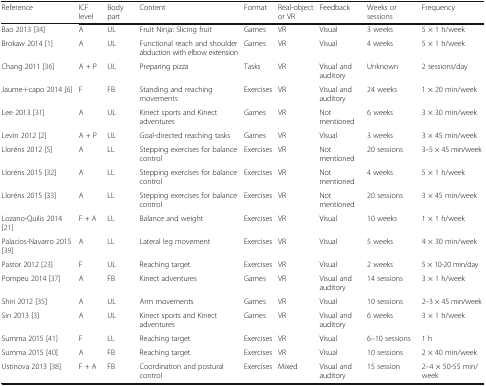
| Reference | ICF level | Body part | Content | Format | Real-object or VR | Feedback | Weeks or sessions | Frequency |
 | --- | --- | --- | --- | --- | --- | --- | --- | --- |
 | Bao 2013 [34] | A | UL | Fruit Ninja: Slicing fruit | Games | VR | Visual | 3 weeks | 5 × 1 h/week |
 | Brokaw 2014 [1] | A | UL | Functional reach and shoulder abduction with elbow extension | Games | VR | Visual | 4 weeks | 5 × 1 h/week |
 | Chang 2011 [36] | A + P | UL | Preparing pizza | Tasks | VR | Visual and auditory | Unknown | 2 sessions/day |
 | Jaume-i-capo 2014 [6] | F | FB | Standing and reaching movements | Exercises | VR | Visual and auditory | 24 weeks | 1 × 20 min/week |
 | Lee 2013 [31] | A | UL | Kinect sports and Kinect adventures | Games | VR | Not mentioned | 6 weeks | 3 × 30 min/week |
 | Levin 2012 [2] | A + P | UL | Goal-directed reaching tasks | Games | VR | Visual | 3 weeks | 3 × 45 min/week |
 | Lloréns 2012 [5] | A | LL | Stepping exercises for balance control | Exercises | VR | Not mentioned | 20 sessions | 3–5 × 45 min/week |
 | Lloréns 2015 [32] | A | LL | Stepping exercises for balance control | Exercises | VR | Not mentioned | 4 weeks | 5 × 1 h/week |
 | Lloréns 2015 [33] | A | LL | Stepping exercises for balance control | Exercises | VR | Not mentioned | 20 sessions | 3 × 45 min/week |
 | Lozano-Quilis 2014 [21] | F + A | LL | Balance and weight | Exercises | VR | Visual | 10 weeks | 1 × 1 h/week |
 | Palacios-Navarro 2015 [39] | A | LL | Lateral leg movement | Exercises | VR | Visual | 5 weeks | 4 × 30 min/week |
 | Pastor 2012 [23] | F | UL | Reaching target | Exercises | VR | Visual | 2 weeks | 5 × 10-20 min/day |
 | Pompeu 2014 [37] | A | FB | Kinect adventures | Games | VR | Visual and auditory | 14 sessions | 3 × 1 h/week |
 | Shiri 2012 [35] | A | UL | Arm movements | Games | VR | Visual | 10 sessions | 2–3 × 45 min/week |
 | Sin 2013 [3] | A | UL | Kinect sports and Kinect adventures | Games | VR | Visual and auditory | 6 weeks | 3 × 1 h/week |
 | Summa 2015 [41] | F | LL | Reaching target | Exercises | VR | Visual | 6–10 sessions | 1 h |
 | Summa 2015 [40] | A | FB | Reaching target | Exercises | VR | Visual | 10 sessions | 2 × 40 min/week |
 | Ustinova 2013 [38] | F + A | FB | Coordination and postural control | Exercises | Mixed | Visual and auditory | 15 session | 2–4 × 50-55 min/week |